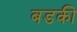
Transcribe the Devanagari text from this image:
बडकी